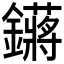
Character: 𬬙